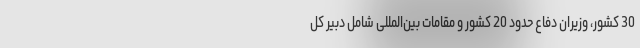
30 کشور، وزیران دفاع حدود 20 کشور و مقامات بین‌المللی شامل دبیر کل